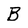
Character: B